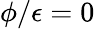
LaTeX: \phi/\epsilon=0